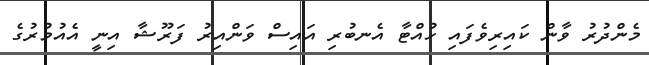
މެންދުރު ވާން ކައިރިވެފައި ހުއްޓާ އެނބުރި އައިސް ވަންއިރު ފަރޫޝާ އިނީ އެއުމުރުގެ